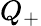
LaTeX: Q_{+}